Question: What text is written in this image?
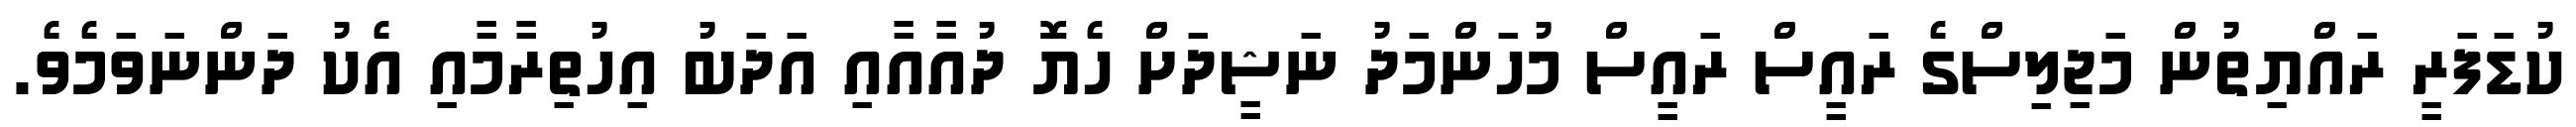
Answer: ކުޑަފަރީ ރައްޔިތުން މަޖިލިސްގެ ރައީސް ރައީސް މުހަންމަދު ނަޝީދަށް ހެޔޮ ދުއާއާއި އަދަބު އިހުތިރާމާއި އެކު ދަންނަވަމެވެ.